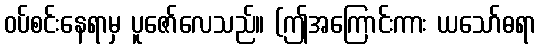
ဝပ်စင်းနေရာမှ ပူဇော်လေသည်။ (ဤအကြောင်းကား ယသော်ဓရာ